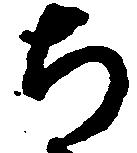
ち